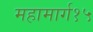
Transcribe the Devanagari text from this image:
महामार्ग१५